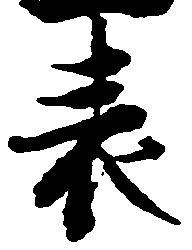
表